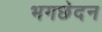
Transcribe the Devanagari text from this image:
भगछेदन